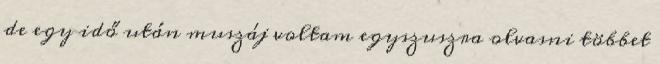
de egy idő után muszáj voltam egyszuszra olvasni többet